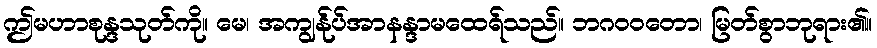
ဤမဟာစုန္ဒသုတ်ကို။ မေ၊ အကျွန်ုပ်အာနန္ဒာမထေရ်သည်။ ဘဂဝဝတော၊ မြတ်စွာဘုရား၏။